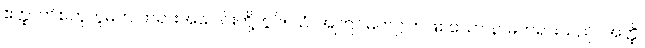
ဧတ္ထ၊ ဤစတုဘူမက တရားအပေါင်းတို့တွင်။ ယံ၊ အကြင်မဟဂ္ဂုတ်ဖြစ်သော နာမ်တရားသည်။ အတ္ထိ၊